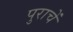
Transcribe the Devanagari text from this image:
पुराचें